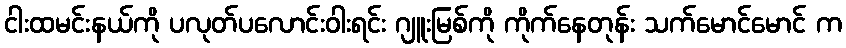
ငါးထမင်းနယ်ကို ပလုတ်ပလောင်းဝါးရင်း ဂျူးမြစ်ကို ကိုက်နေတုန်း သက်မောင်မောင် က